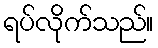
ရပ်လိုက်သည်။